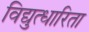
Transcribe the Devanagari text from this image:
विद्युत्धारिता